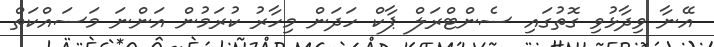
އޭނާ ވިދާޅުވި ގޮތުގައި ސެންޓްރަލް ޕާކް ހަދަން މިހާރު ކުރަމުން އަންނަ މަސައްކަތް